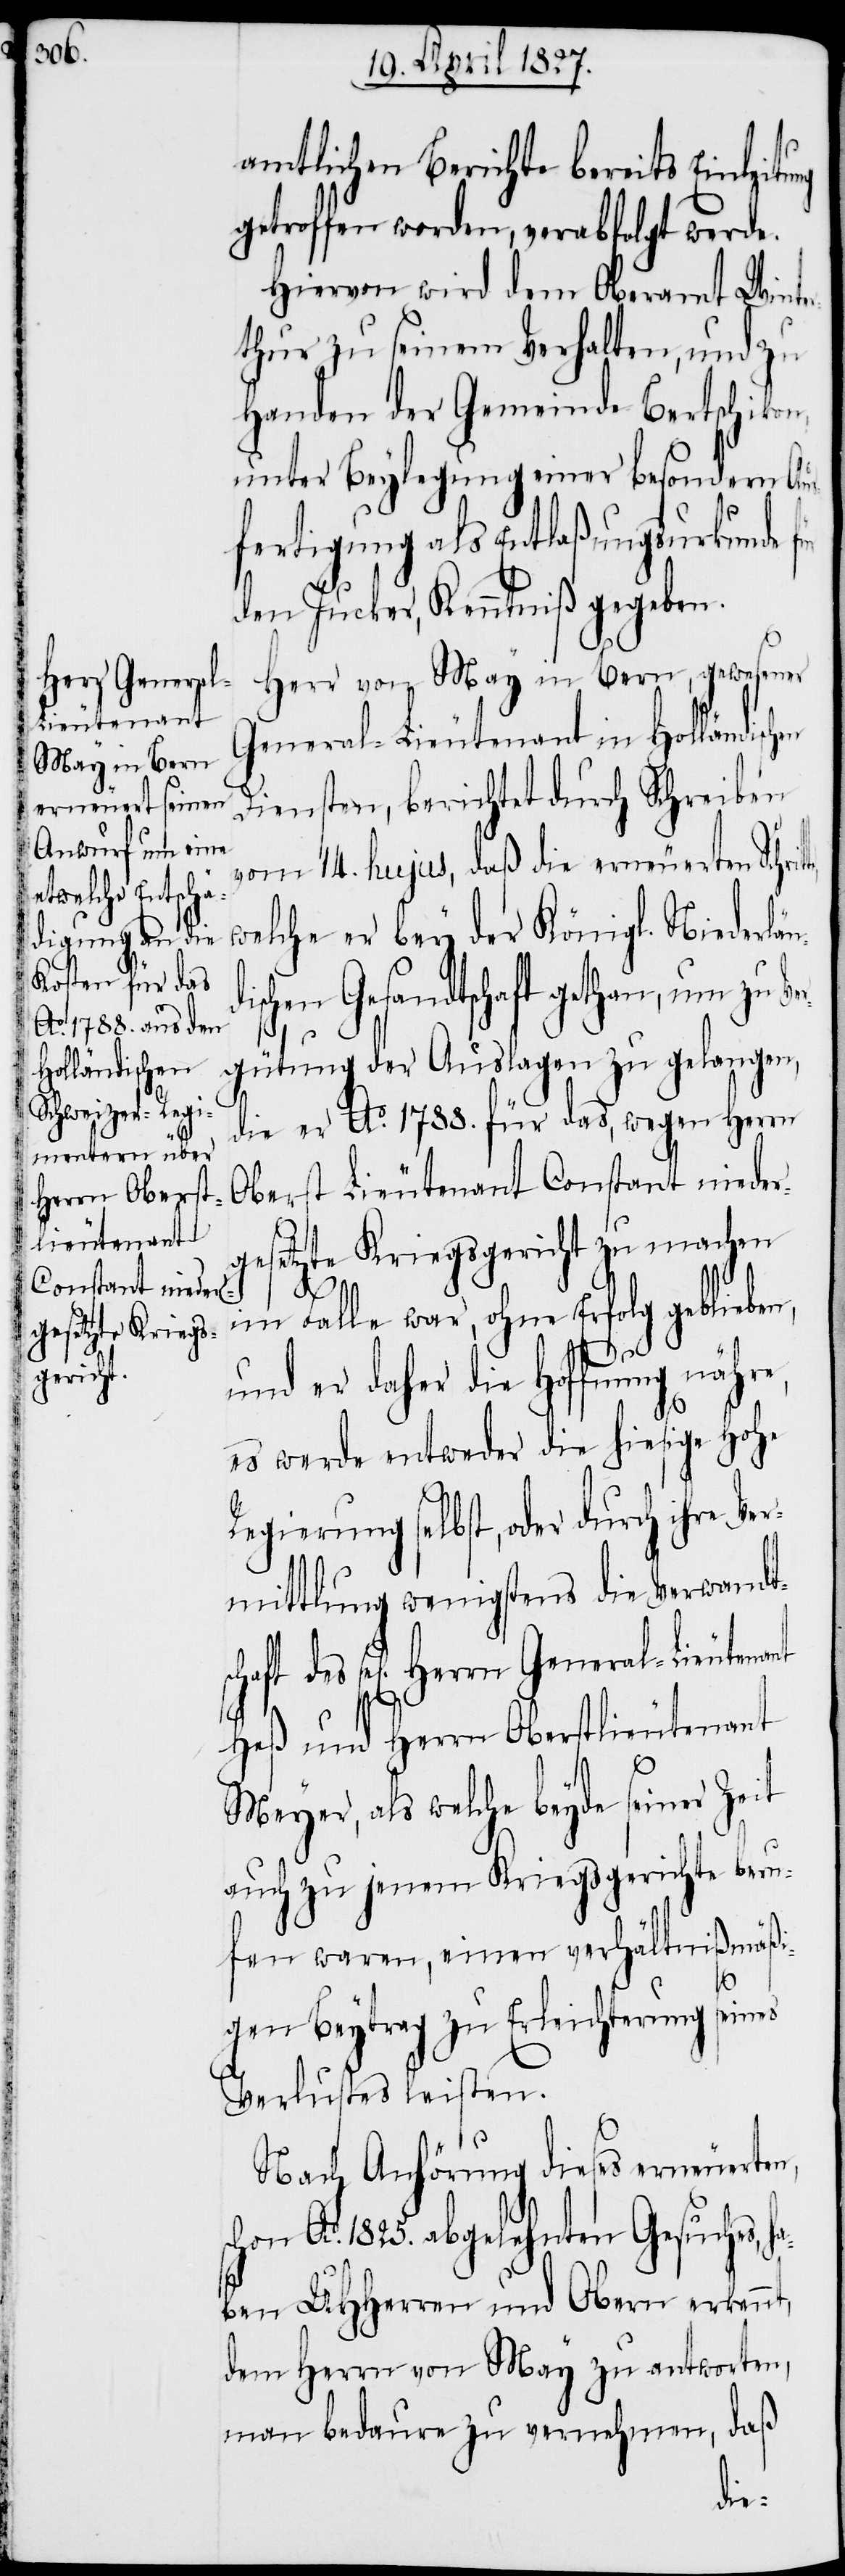
rländischen
l-Lieutenant

amtlichen Berichte bereits Einleit¬
getroffen worden, verabfolgt werde.
Hiervon wird dem Oberamt Winte¬
rthur zu seinem Verhalten, und zu
Handen der Gemeinde Bertschikon,
unter Beylegung einer besondern Aus¬
fertigung als Entlaßungsurkunde
den Jucker, Kenntniß gegeben.
Herr von May in Bern, gewesener
General-Lieutenant in Holländisc¬
Diensten, berichtet durch Schreiben
vom 14. hujus, daß die erneuerten Schri¬
welche er bey der Königl. Niede¬
schaft des sel[igen]
gütung der Auslagen zu gelangen,
die er Ao. 1788. für das, wegen Herrn
Oberst-Lieutenant Constant nieder¬
gesetzte Kriegsgericht zu machen
im Falle war, ohne Erfolg geblieben,
ha¬
und er daher die Hoffnung nähre,
es werde entweder die hiesige Hohe
Regierung selbst, oder durch ihre Ver¬
mittlung wenigstens die Verwandt¬
Heß und Herrn Oberstlieutenant
Meyer, als welche beyde seiner Zeit
auch zu jenem Kriegsgerichte beru¬
fen waren, einen verhältnißmäßi¬
gen Beytrag zu Erleichterung seines
Verlustes leisten.
Nach Anhörung dieses erneuerten,
hon Ao. 1825. abgelehnten Gesuches,
ben UHHerren und Obern erkennt,
dem Herrn von May zu antworten,
man bedaure zu vernehmen, daß